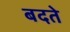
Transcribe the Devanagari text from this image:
बदते